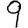
Digit: 9